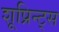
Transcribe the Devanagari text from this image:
शूप्रिन्ट्स